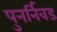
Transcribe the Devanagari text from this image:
पुनर्निवड